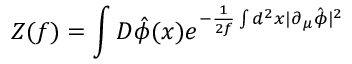
Z ( f ) = \int { \cal D } \hat { \phi } ( x ) e ^ { - \frac { 1 } { 2 f } \int d ^ { 2 } x | \partial _ { \mu } \hat { \phi } | ^ { 2 } }